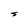
Character: S